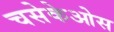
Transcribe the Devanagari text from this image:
चसेकेओस